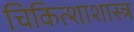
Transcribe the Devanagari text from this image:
चिकित्शाशास्त्र